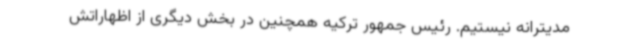
مدیترانه نیستیم. رئیس جمهور ترکیه همچنین در بخش دیگری از اظهاراتش